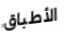
الأطباق